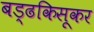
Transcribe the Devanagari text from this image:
बड्ढकिसूकर